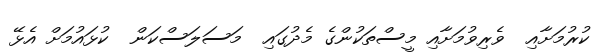
ކުރުމަށާއި  ވެރިވުމަށާއި މީސްތަކުންގެ މެދުގައި  މަސަލަސްކަން  ކުޅައުމަށް އެޅޭ